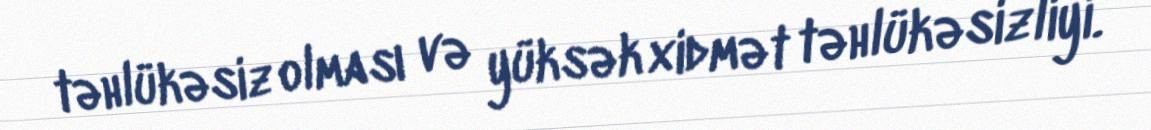
təhlükəsiz olması və yüksək xidmət təhlükəsizliyi.